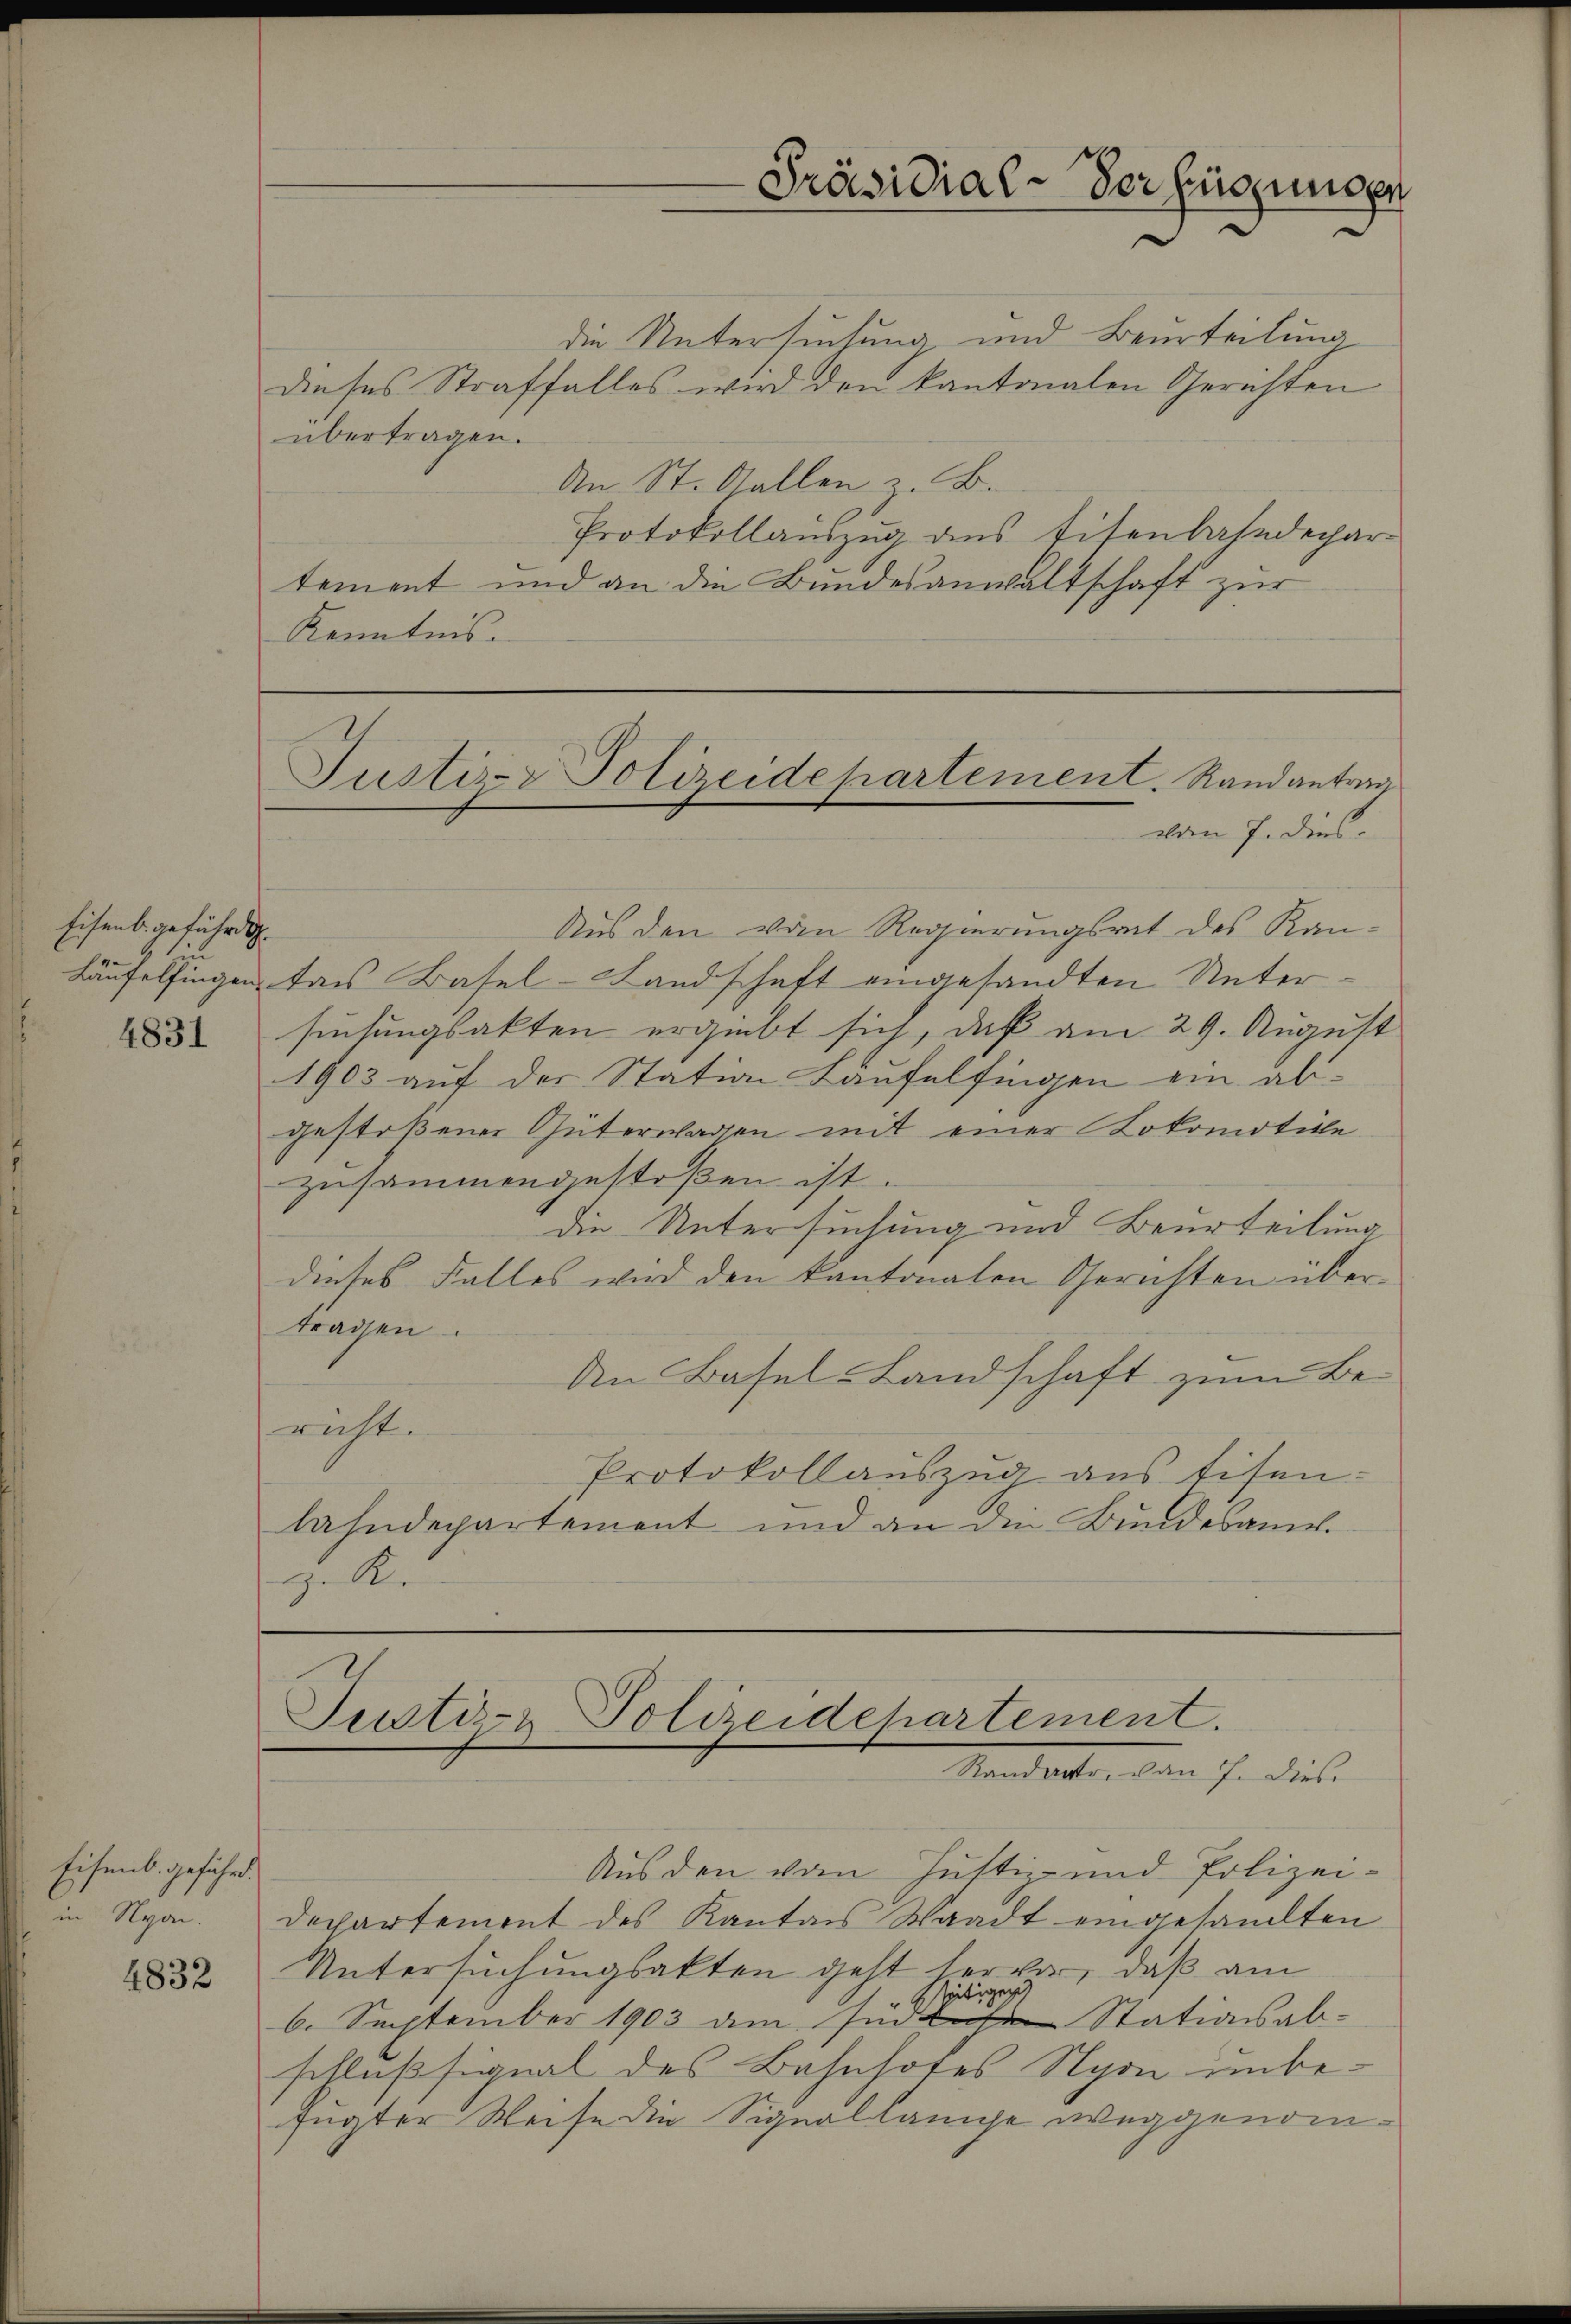
Eisenb. geführig

4831

Eisenb. gefährt.
in Nyon.

4832

die Untersuchung und Beurteilung
dieses Straffalles wird den kantonalen Gerichten
übertragen.
An St. Gallen z. B.
Protokollaŭszŭg ans titenbahndepar-
tement und an die Bundesanwaltschaft zur
Kenntnis.

Aus den vom Regierungsrat des Kan¬
Läufelfingen das Basel-Landschaft eingesandten Untersuchungsakten ergiebt sich, daß am 29. August
1903 auf der Station Laufelfingen ein abgestoßener Güterwassen mit einer Lokomotive
zusammengestoßen ist.
die Untersuchung und Beurteilung
dieses Falles wird den kantonalen Gerichten übertragen.
An Basel-Landschaft zum Be-
richt.
Protokollauszug aus tisenlahndepartement und an die Bundesamt.
zu Ke

Justiz- & Polizeidepartement. Randantrag
vom 7. dies

s
Präsidial-Verfügungen

Justiz- & Polizeidchartement.
Mandelte, dem ihr diese

Aus den vom Justiz- und Polizei-
Departement des Kanton Waadt eingesandten
Untersuchungsakten geht hervor, daß am
gen
seiti
6. September 1903 am sich Stationsabschlußsignal des Bahnhofes Nyon unbefügter Weise die Signallänge weggenom¬